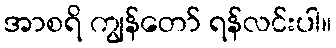
အာစရိ ကျွန်တော် ရန်လင်းပါ။